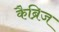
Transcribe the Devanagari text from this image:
कैब्रिज